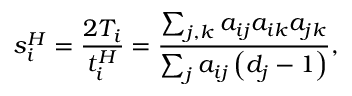
s _ { i } ^ { H } = \frac { 2 T _ { i } } { t _ { i } ^ { H } } = \frac { \sum _ { j , k } a _ { i j } a _ { i k } a _ { j k } } { \sum _ { j } a _ { i j } \left( d _ { j } - 1 \right) } ,